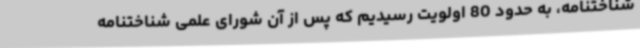
شناختنامه، به حدود 80 اولویت رسیدیم که پس از آن شورای علمی شناختنامه